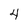
Character: 4